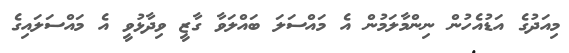
މިއަދުގެ އަޑުއެހުން ނިންމާލަމުން އެ މައްސަލަ ބައްލަވާ ގާޒީ ވިދާޅުވީ އެ މައްސަލައިގެ